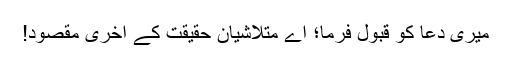
میری دعا کو قبول فرما؛ اے متلاشیان حقیقت کے آخری مقصود!